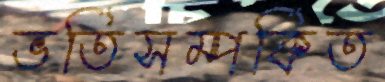
ভর্তিসম্পর্কিত